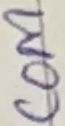
Text: COM